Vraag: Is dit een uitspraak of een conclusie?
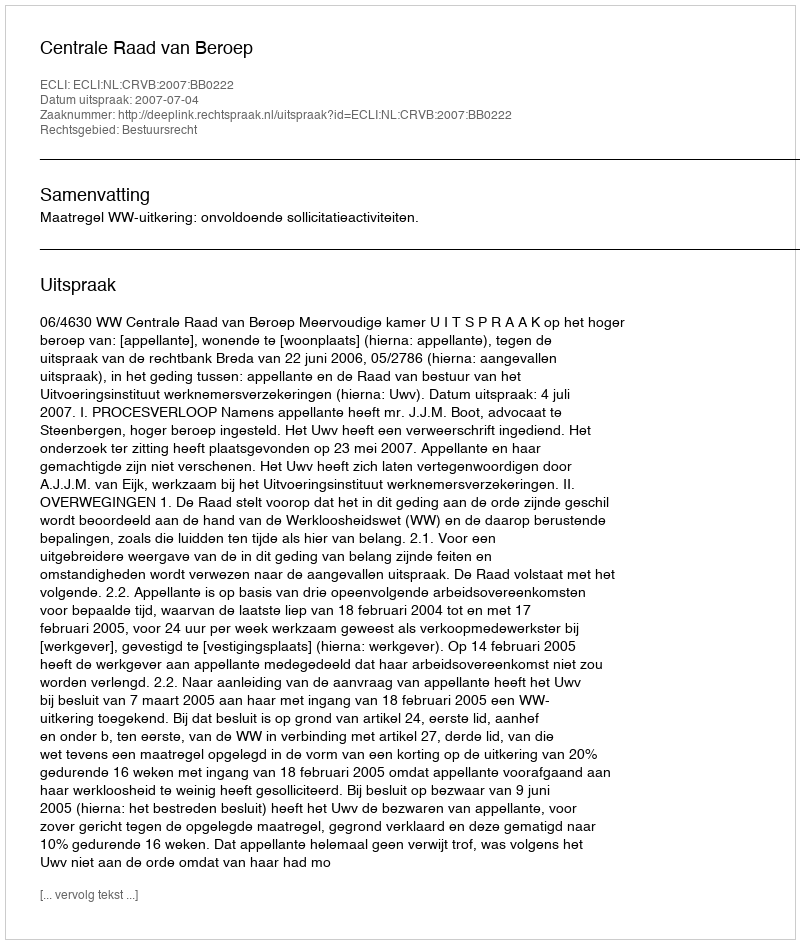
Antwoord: Uitspraak